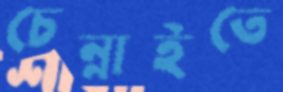
চেন্নাইতে